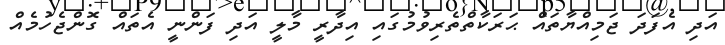
އަދި އެފަދަ ޖަމިއްޔާތައް ޙަރަކާތްތެރިވުމުގައި އިދާރީ މާލީ އަދި ފަންނީ އެތައް ގޮންޖެހުމެއް